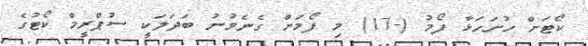
ކޯޓަށް ހުށަހަޅާ ފޯމު (-17) މި ފޯމަށް ގެނެވުނު ބަދަލަކީ ސުޕްރީމް ކޯޓުގެ